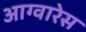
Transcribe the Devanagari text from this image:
आग्वारेस